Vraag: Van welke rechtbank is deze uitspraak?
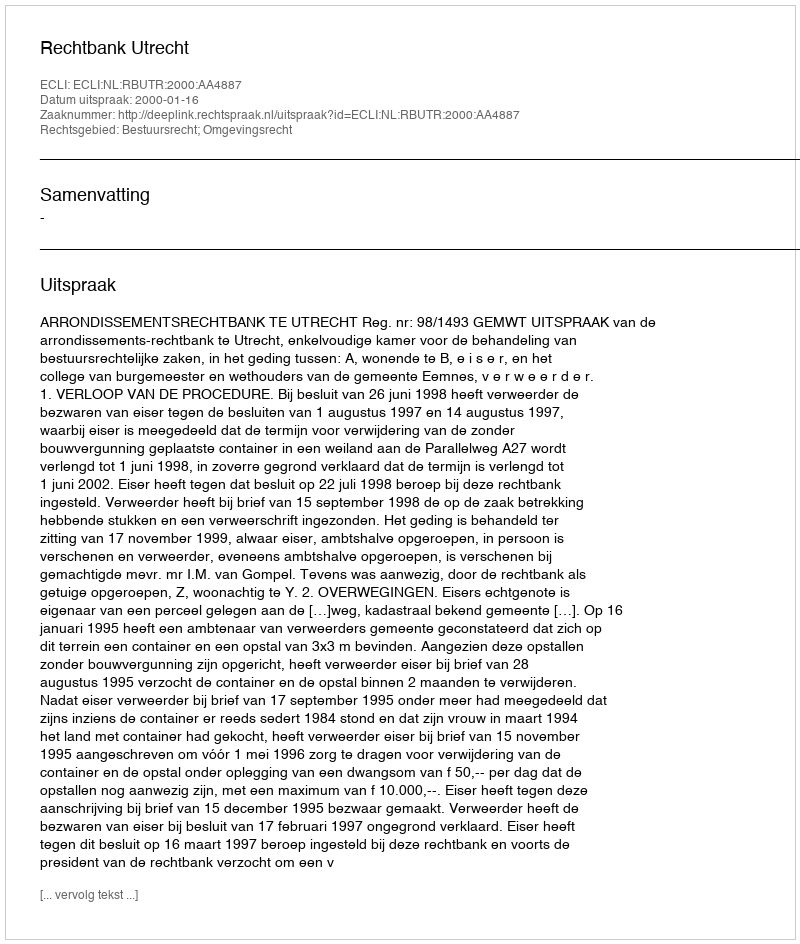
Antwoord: Rechtbank Utrecht